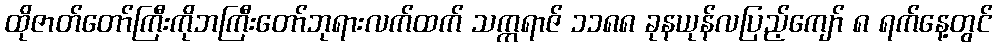
ထိုဇာတ်တော်ကြီးကိုဘကြီးတော်ဘုရားလက်ထက် သက္ကရာဇ် ၁၁၈၈ ခုနယုန်လပြည့်ကျော် ၈ ရက်နေ့တွင်